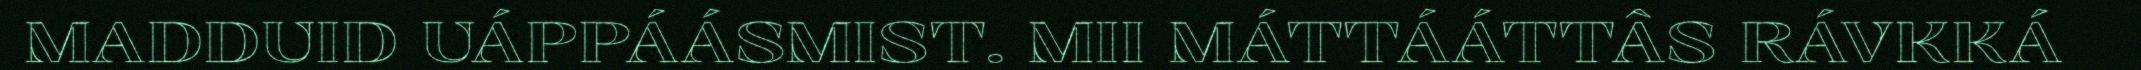
MADDUID UÁPPÁÁSMIST. MII MÁTTÁÁTTÂS RÁVKKÁ